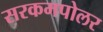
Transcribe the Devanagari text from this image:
सरकमपोलर